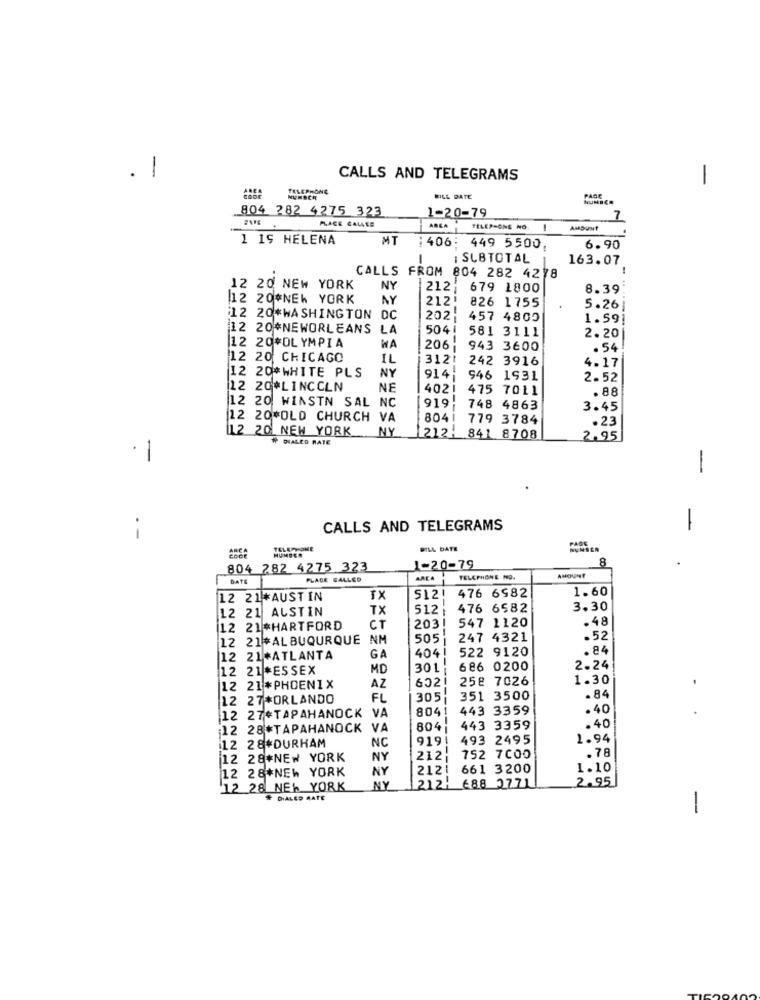
. 1
CALLS AND TELEGRAMS
-
TELEPHONE
BILL DATE
PAGE
804 282 4275 323
1-20-79
7
PLACE CALLES
AREA
TELEPHONE NO
-
1 19 HELENA
MT
406: 449 5500
6.90
-
SUBTOTAL
163.07
CALLS FROM 804 282 4278
12 20 NEW YORK
NY
212;
679 1800
8.39
12 20#NEW YORK
NY
212!
826 1755
5.26
12 20*WASHINGTON DC
202
457 4805
1.591
12 20*NEWORLEANS
LA
5041
581 3111
2.20
12 20*OLYMPIA
WA
206:
943 3600
.54
12 20 CHICAGO
IL
3121
242 3916
NY
914:
4.17
12 20*WHITE PLS
946 1931
2.52
12 20#LINCOLN
NE
4021
475 7011
.88
12 20 WINSTN SAL
919;
748 4863
3.45
12 20*OLD CHURCH VA
804 1
779 3784
.23
12 20 NEW YORK
NY
# DIALED RATE
212!
841 8708
2.95
.1
-
CALLS AND TELEGRAMS
-
--
PAGE
TELEPHONE
HUMDER
BILL DATE
NUNSER
8
804 282 4275 323
1-20-79
AMOUNT
PLACE CALLED
AREA
TELEPHONE NO.
1.60
12 21*AUSTIN
TX
512!
476 6982
12 21 AUSTIN
TX
512
476 6582
3.30
547 1120
.48
12 21 #HARTFORD
CT
203!
12 21#ALBUQURQUE
NM
505
247 4321
.52
404!
522 9120
.84
12 21*ATLANTA
GA
12 21 *ESSEX
MD
30 L
686 0200
2.24
602!
258 7026
1.30
12 21*PHOENIX
AZ
12 27*ORLANDO
FL
305
--
351 3500
. 84
804
443 3359
.40
12 27*TAPAHANOCK VA
12 28*TAPAHANOCK VA
804
443 3359
.40
12 28*DURHAM
919!
493 2495
1.94
NC
12 28#NEW YORK
NY
212;
752 7000
.78
12 28*NEW YORK
NY
2121
661 3200
1.10
2.95
12 28 NEW YORK
NY
1212-
688 2771
# DIALED MATE
-